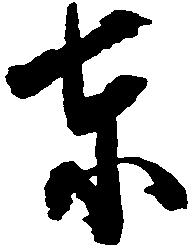
東